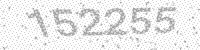
Solution: 152255